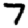
Digit: 7